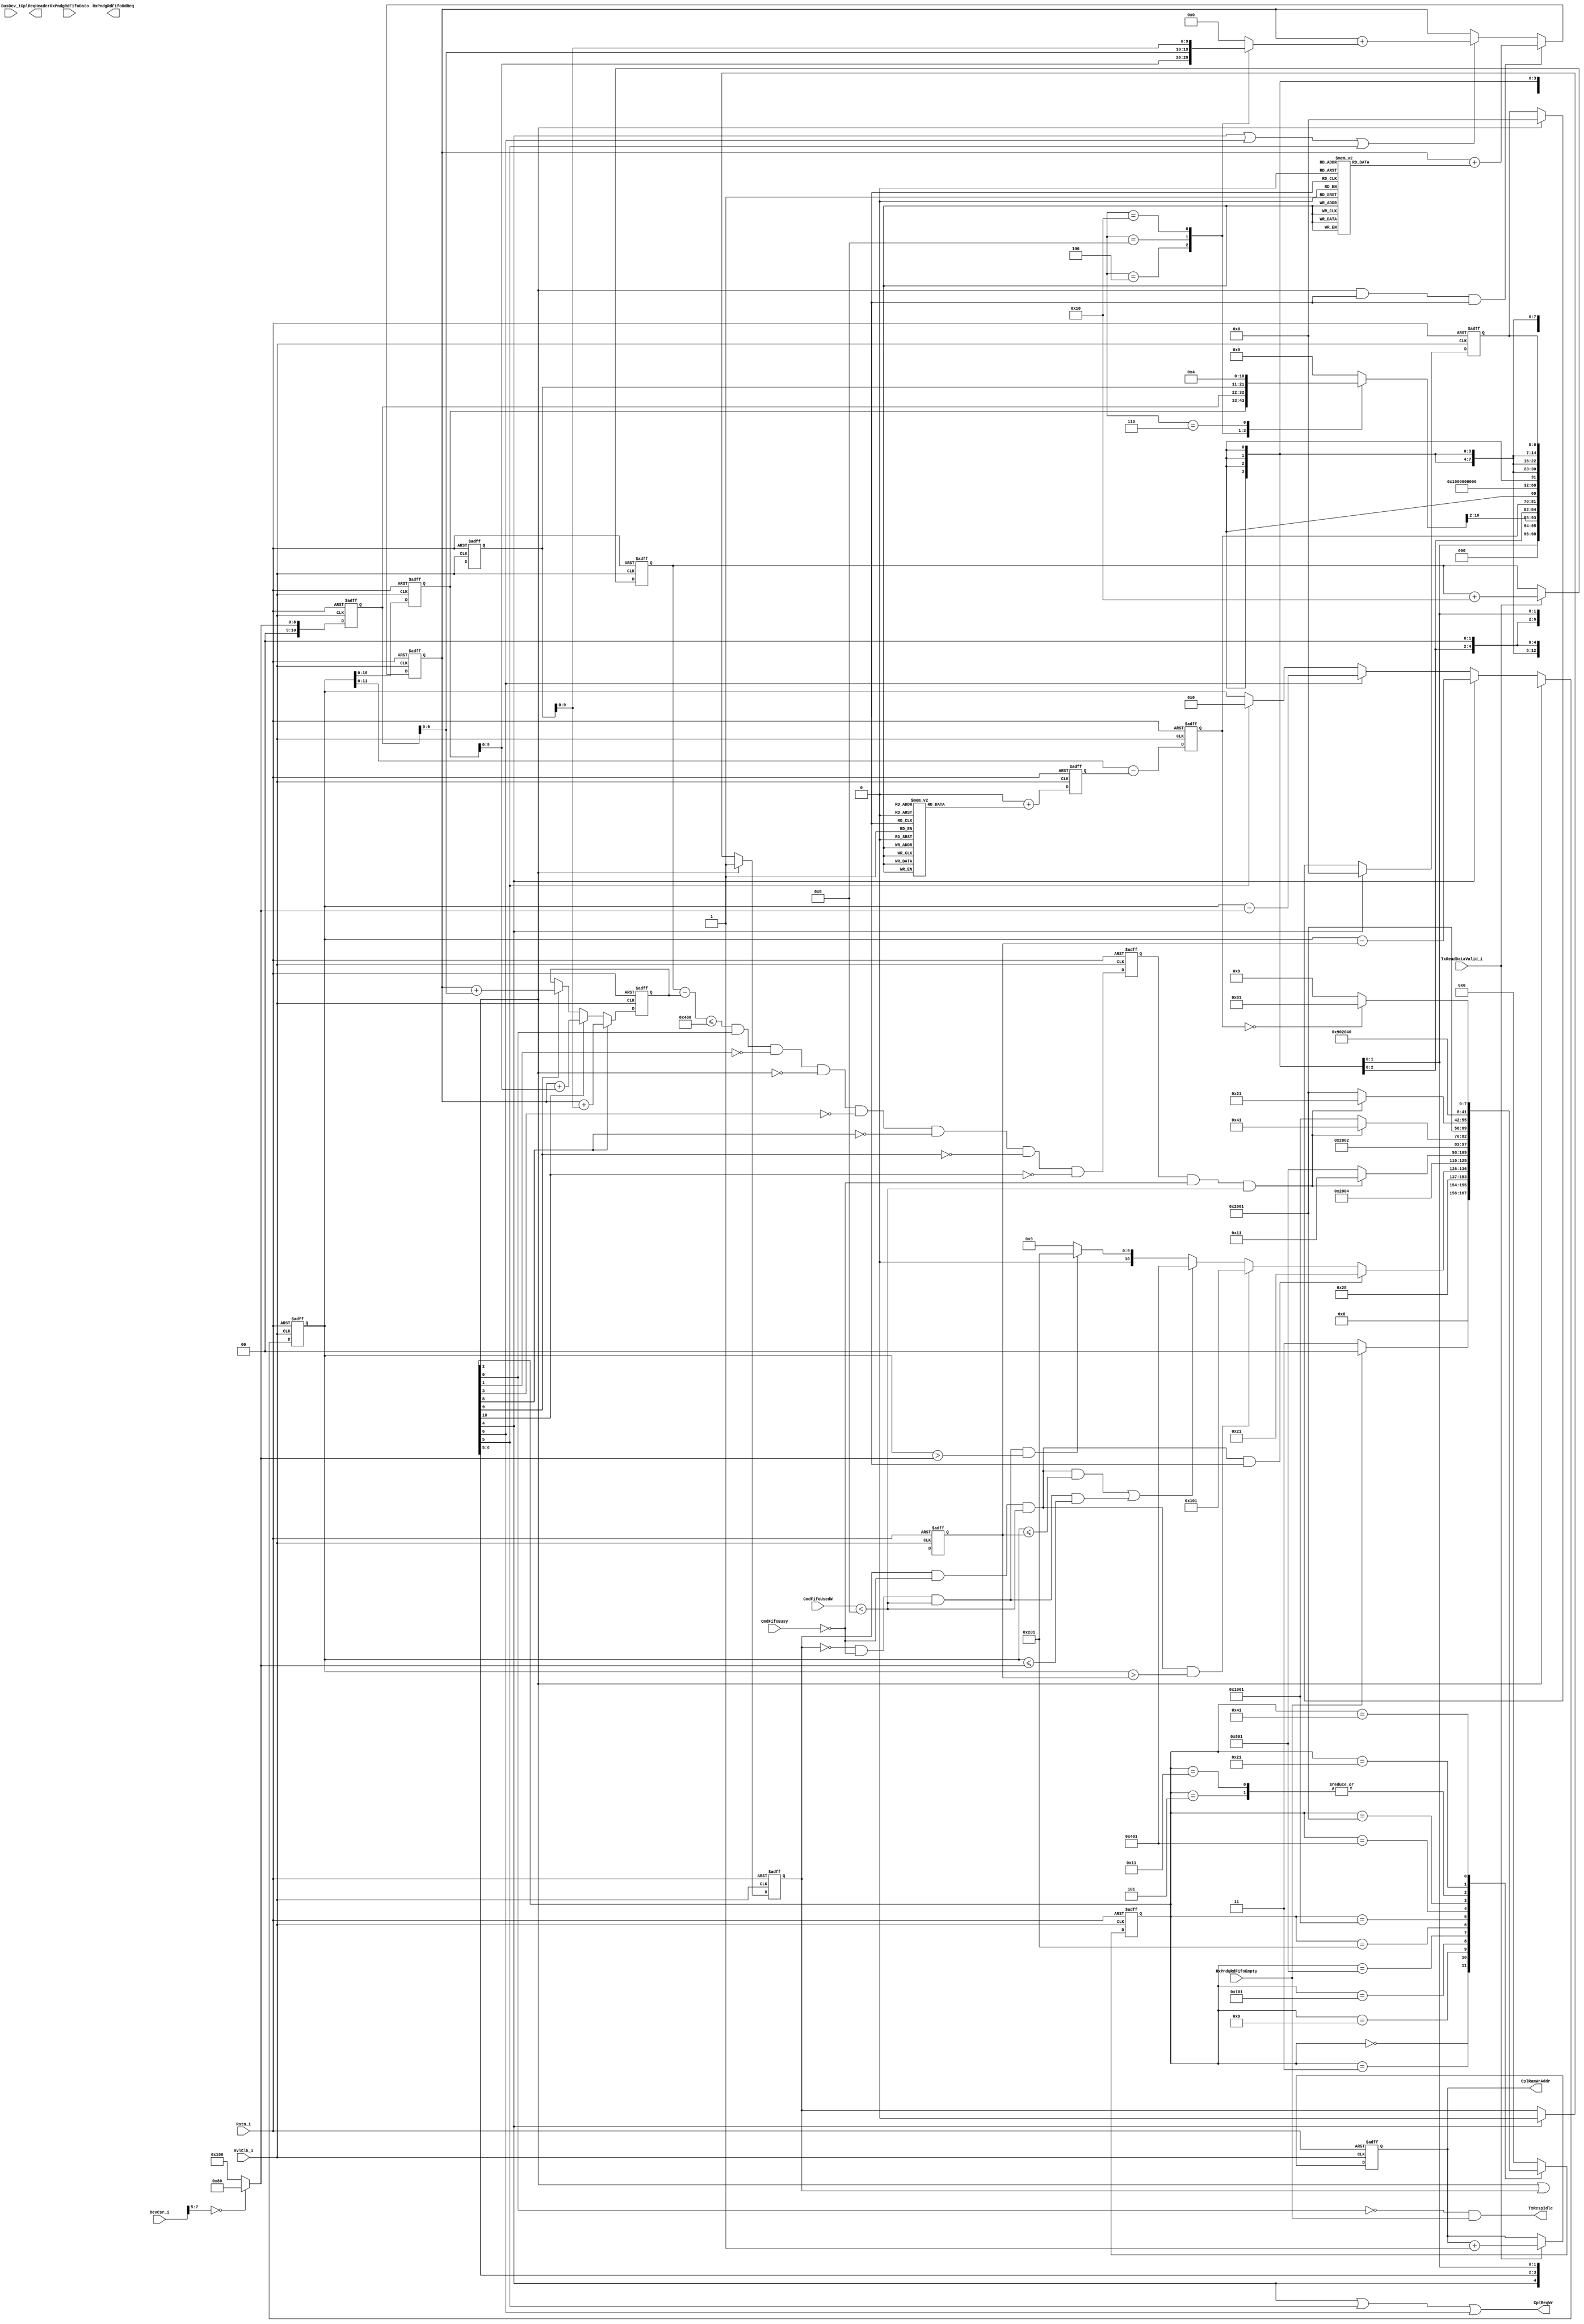
module tlp_txresp_cntrl (/*AUTOARG*/
   // Outputs
   RxPndgRdFifoRdReq, CplReqHeader, CplReqWr, CplRamWrAddr,
   TxRespIdle,
   // Inputs
   AvlClk_i, Rstn_i, RxPndgRdFifoEmpty, RxPndgRdFifoDato,
   TxReadDataValid_i, CmdFifoUsedW, CmdFifoBusy, DevCsr_i, BusDev_i
   );
   
   parameter TXCPL_BUFF_ADDR_WIDTH = 9;

   input                                AvlClk_i;     // Avalon clock
   input                                Rstn_i;    // Avalon reset
   
   // interface to the Rx pending read FIFO
   input                                RxPndgRdFifoEmpty;
   input [56:0] 			RxPndgRdFifoDato;
   output                               RxPndgRdFifoRdReq;
   
   // interface to the Avalon bus
   input                                TxReadDataValid_i;
   
   // Interface to the Command Fifo
   output [98:0] 			CplReqHeader;
   output                               CplReqWr;
   input [3:0] 				CmdFifoUsedW;
   
   // Interface to Completion data buffer
   output [TXCPL_BUFF_ADDR_WIDTH-1:0] 	CplRamWrAddr;
   
   // Interface to the Avalon Tx Control Module
   input                                CmdFifoBusy;
   
   // cfg signals
   input [31:0] 			DevCsr_i;             
   input [12:0] 			BusDev_i;
   output                               TxRespIdle;
   
localparam      TXRESP_IDLE          = 14'h0000;
localparam      TXRESP_RD_FIFO       = 14'h0003;
localparam      TXRESP_LD_BCNT       = 14'h0005;
localparam      TXRESP_WAIT_DATA     = 14'h0009;
localparam      TXRESP_SEND_FIRST    = 14'h0011;
localparam      TXRESP_SEND_LAST     = 14'h0021;
localparam      TXRESP_SEND_MAX      = 14'h0041;
localparam      TXRESP_DONE          = 14'h0081;
localparam      TXRESP_WAIT_FIRST    = 14'h0101;
localparam      TXRESP_WAIT_MAX      = 14'h0201;
localparam      TXRESP_WAIT_LAST     = 14'h0401;      
localparam      TXRESP_PIPE_FIRST    = 14'h0801;
localparam      TXRESP_PIPE_MAX      = 14'h1001;
localparam      TXRESP_PIPE_LAST     = 14'h2001;


wire    sm_rd_fifo;      
wire    sm_ld_bcnt;     
wire    sm_wait_data;   
wire    sm_send_first;  
wire    sm_send_last;
wire    sm_done;
wire [7:0]    bytes_to_RCB;
wire          over_rd_2dw;
wire          over_rd_1dw;
wire [12:0]   first_bytes_sent;
reg  [12:0]   first_bytes_sent_reg;
reg  [12:0]   last_bytes_sent_reg;
reg  [12:0]   max_bytes_sent_reg;
wire [12:0]   max_bytes_sent;
wire [12:0]   last_bytes_sent;
wire [7:0]    tag;        
wire [15:0]  requester_id; 
wire  [6:0]  rd_addr;      
wire  [10:0] rd_dwlen;     
wire  [3:0] fbe;
wire  [3:0] lbe;
wire  [1:0] attr;
wire [2:0]  tc;
wire  [11:0] remain_bytes;
reg   [11:0] remain_bytes_reg;
wire         is_flush;
wire         is_uns_rd_size;
wire         is_cpl;
wire [8:0]   dw_len;
reg  [3:0]   first_byte_mask;
reg  [3:0]   last_byte_mask;
reg  [3:0]   laddf_bytes_mask_reg;
reg  [13:0]   txresp_state;
reg  [13:0]   txresp_nxt_state;
reg          first_cpl_sreg;
wire         first_cpl;
reg [7:0]    bytes_to_RCB_reg;
reg [12:0]   curr_bcnt_reg;
reg [12:0]   max_payload;
reg [13:0]   payload_cntr;  
reg [10:0]   payload_limit_cntr;
reg [10:0]   payload_consumed_cntr; 
reg [10:0]  payload_required_reg;
wire[10:0]   payload_available_sub;
wire        payload_ok;
reg         payload_ok_reg;
reg [4:0]    over_rd_bytes;
reg [4:0]    over_rd_bytes_reg;
reg [12:0]   bytes_sent;
reg [12:0]   actual_bytes_sent;
reg [12:0]   sent_bcnt_reg;
reg [6:0] lower_addr;
reg [6:0] lower_addr_reg;
reg [8:0]   cplbuff_addr_cntr;
wire        cmd_fifo_ok;
wire        sm_send_max;
wire        sm_wait_first;
wire        sm_wait_last;
wire        sm_wait_max;
wire        sm_idle;
wire  [6:0] over_read_sel;
wire        rd_dwlen_gte_4;
  
assign cmd_fifo_ok = (CmdFifoUsedW < 8);
     
always @(posedge AvlClk_i or negedge Rstn_i)  // state machine registers
  begin
    if(~Rstn_i)
      txresp_state <= TXRESP_IDLE;
    else
      txresp_state <= txresp_nxt_state;
  end

// state machine next state gen


always @*
         
  begin
    case(txresp_state)
      TXRESP_IDLE :
        if(~RxPndgRdFifoEmpty)      
          txresp_nxt_state <= TXRESP_RD_FIFO;            
        else
          txresp_nxt_state <= TXRESP_IDLE;            
        
      TXRESP_RD_FIFO : 
          txresp_nxt_state <= TXRESP_LD_BCNT;    
       
      TXRESP_LD_BCNT:  // load byte count reg and calculate the first byte 7 bit of address
           txresp_nxt_state <= TXRESP_WAIT_DATA;
      
      TXRESP_WAIT_DATA:
      
        if(first_cpl_sreg & ~CmdFifoBusy & cmd_fifo_ok & (  is_flush | is_uns_rd_size ))
          txresp_nxt_state <= TXRESP_SEND_LAST;
        else  if(first_cpl_sreg & ~CmdFifoBusy & cmd_fifo_ok &((curr_bcnt_reg > bytes_to_RCB_reg)))
          txresp_nxt_state <= TXRESP_WAIT_FIRST;
        
        else if((first_cpl_sreg & ~CmdFifoBusy & cmd_fifo_ok &(((curr_bcnt_reg <= bytes_to_RCB_reg)) ) ) |
                (~first_cpl_sreg & ~CmdFifoBusy & cmd_fifo_ok &(curr_bcnt_reg <= max_payload) )
                 )
          txresp_nxt_state <= TXRESP_WAIT_LAST;
       
        else if(~first_cpl_sreg & ~CmdFifoBusy & cmd_fifo_ok & (curr_bcnt_reg >  max_payload))
          txresp_nxt_state <= TXRESP_WAIT_MAX;
        else
          txresp_nxt_state <= TXRESP_WAIT_DATA;
          
      TXRESP_WAIT_FIRST:
           txresp_nxt_state <= TXRESP_PIPE_FIRST;
           
      TXRESP_PIPE_FIRST:
           if(payload_ok_reg & ~CmdFifoBusy & cmd_fifo_ok)
             txresp_nxt_state <= TXRESP_SEND_FIRST;  
           else
             txresp_nxt_state <= TXRESP_PIPE_FIRST;   
             
      TXRESP_WAIT_MAX:
                 txresp_nxt_state <= TXRESP_PIPE_MAX;    
         
       TXRESP_PIPE_MAX:                               
         if(payload_ok_reg & ~CmdFifoBusy & cmd_fifo_ok)                                
            txresp_nxt_state <= TXRESP_SEND_MAX;      
          else                                          
            txresp_nxt_state <= TXRESP_PIPE_MAX;   
              
        TXRESP_WAIT_LAST:                                       
                   txresp_nxt_state <= TXRESP_PIPE_LAST;
                       
        TXRESP_PIPE_LAST:                               
         if(payload_ok_reg & ~CmdFifoBusy & cmd_fifo_ok)                                
            txresp_nxt_state <= TXRESP_SEND_LAST;      
          else                                          
            txresp_nxt_state <= TXRESP_PIPE_LAST;   
            
                                                 
       TXRESP_SEND_FIRST:
           txresp_nxt_state <= TXRESP_WAIT_DATA;
           
       TXRESP_SEND_LAST:
         txresp_nxt_state <= TXRESP_DONE;
         
       TXRESP_SEND_MAX:
         if(remain_bytes_reg == 0)
           txresp_nxt_state <= TXRESP_DONE;
         else
           txresp_nxt_state <= TXRESP_WAIT_DATA;
       
       TXRESP_DONE:
           txresp_nxt_state <= TXRESP_IDLE;
       
       default:
         txresp_nxt_state <= TXRESP_IDLE;
      
    endcase
 end
 
 /// state machine output assignments
 assign   sm_idle       = ~txresp_state[0];
 assign   sm_rd_fifo    = txresp_state[1];            
 assign   sm_ld_bcnt    = txresp_state[2];      
 assign   sm_wait_data  = txresp_state[3];    
 assign   sm_send_first = txresp_state[4];   
 assign   sm_send_last  = txresp_state[5];    
 assign   sm_send_max   = txresp_state[6];
 assign   sm_done       = txresp_state[7];
 assign   sm_wait_first = txresp_state[8]; 
  assign   sm_wait_max = txresp_state[9]; 
  assign   sm_wait_last = txresp_state[10];          
  assign TxRespIdle     = sm_idle & RxPndgRdFifoEmpty;
// SR reg to indicate the first completion of a read

always @(posedge AvlClk_i or negedge Rstn_i)
  begin
     if(~Rstn_i)
       first_cpl_sreg <= 1'b0;
     else if(sm_ld_bcnt)
       first_cpl_sreg <= 1'b1;
     else if(sm_send_first)
       first_cpl_sreg <= 1'b0;
  end

 
// calculate the bytes to RCB that could be 64 or 128Bytes (6 or 7 zeros in address)
  
assign bytes_to_RCB = 8'h80 - rd_addr[6:0];

always @(posedge AvlClk_i or negedge Rstn_i)
  begin
    if(~Rstn_i)
      bytes_to_RCB_reg <= 0;
    else 
      bytes_to_RCB_reg <= bytes_to_RCB;
  end

 
 /// the current byte count register that still need to be sent (completed)
 always @(posedge AvlClk_i or negedge Rstn_i)
  begin
    if(~Rstn_i)
      curr_bcnt_reg <= 13'h0;
    else if(sm_ld_bcnt)
      curr_bcnt_reg <= {rd_dwlen, 2'b00};
    else if(sm_send_first)
      curr_bcnt_reg <= curr_bcnt_reg - bytes_to_RCB_reg;
    else if(sm_send_max)
      curr_bcnt_reg <= curr_bcnt_reg - max_payload;
    else if(sm_send_last)
      curr_bcnt_reg <= 0;
  end

always @(posedge AvlClk_i or negedge Rstn_i)
  begin
    if(~Rstn_i)
      laddf_bytes_mask_reg <= 0;
    else 
      laddf_bytes_mask_reg <= (last_byte_mask + first_byte_mask);
  end


/// the remaining bcnt (for the header)
//assign remain_bytes = sm_send_last? 0 : (curr_bcnt_reg - bytes_sent);
// assign remain_bytes = is_flush? 12'h1 : is_uns_rd_size? 0 : curr_bcnt_reg - (laddf_bytes_mask_reg);
 assign remain_bytes = is_flush? 12'h1  : curr_bcnt_reg - (laddf_bytes_mask_reg);

always @(posedge AvlClk_i or negedge Rstn_i)
  begin
    if(~Rstn_i)
      remain_bytes_reg <= 0;
    else 
      remain_bytes_reg <= remain_bytes;
  end

/// completion payload counter to keep track of the data byte returned from avalon

/*    
always @(posedge AvlClk_i or negedge Rstn_i)
  begin
    if(~Rstn_i)
      payload_cntr <= 0;
    else if(TxReadDataValid_i & ~sm_done & ~sm_send_first & ~sm_send_max & ~sm_send_last)
      payload_cntr <= payload_cntr  + 8;
    else if(sm_send_first &  TxReadDataValid_i)
      payload_cntr <= payload_cntr - sent_bcnt_reg + 8;
    else if(sm_send_first &  ~TxReadDataValid_i)
      payload_cntr <= payload_cntr - sent_bcnt_reg;
    else if(sm_send_max &  TxReadDataValid_i)
      payload_cntr <= payload_cntr - sent_bcnt_reg + 8;
    else if(sm_send_max &  ~TxReadDataValid_i)
      payload_cntr <= payload_cntr - sent_bcnt_reg;
    else if(sm_send_last &  TxReadDataValid_i)
      payload_cntr <= payload_cntr - sent_bcnt_reg + 8;
    else if(sm_send_last &  ~TxReadDataValid_i)
      payload_cntr <= payload_cntr - sent_bcnt_reg;
    else if(sm_done & TxReadDataValid_i)
      payload_cntr <= payload_cntr - over_rd_bytes_reg + 8 ;
    else if(sm_done & ~TxReadDataValid_i)
      payload_cntr <= payload_cntr - over_rd_bytes_reg ;
  end
  
  */
  
    /// Credit Limit Reg === payload_cntr (count up only by TxReadDatValid))
  /// Credit Consume Reg == updated by send first, max, last (count up only)
  
  // Credit Required = actual byte sent 
  
    always @(posedge AvlClk_i or negedge Rstn_i)
      begin
        if(~Rstn_i)
          payload_limit_cntr <= 0; 
        else if (TxReadDataValid_i)
          payload_limit_cntr <= payload_limit_cntr + 16;
      end
      
/// Credit Consumed Counter


      always @(posedge AvlClk_i or negedge Rstn_i)
      begin
        if(~Rstn_i)
          payload_consumed_cntr <= 0; 
        else if(sm_ld_bcnt & ~is_flush & ~is_uns_rd_size)
          payload_consumed_cntr <= payload_consumed_cntr + over_rd_bytes;
        else if (sm_send_first | sm_send_max | sm_send_last)
          payload_consumed_cntr <= payload_consumed_cntr + actual_bytes_sent[9:0];
      end
      
 always @(posedge AvlClk_i or negedge Rstn_i)
      begin
        if(~Rstn_i)
          payload_required_reg <= 0; 
        else if(sm_wait_first)
          payload_required_reg <= payload_consumed_cntr + first_bytes_sent_reg[9:0];
        else if (sm_wait_last)
         payload_required_reg <= payload_consumed_cntr + last_bytes_sent_reg[9:0];
        else if (sm_wait_max)
         payload_required_reg <= payload_consumed_cntr + max_bytes_sent_reg[9:0];
      end
      
      
 assign payload_available_sub = (payload_limit_cntr - payload_required_reg);
                   
                   
 assign payload_ok = payload_available_sub <= 1024 & ~sm_idle & ~sm_rd_fifo & ~sm_ld_bcnt & ~sm_wait_data & ~sm_wait_first & ~sm_wait_max & ~sm_wait_last;
        
   always @(posedge AvlClk_i or negedge Rstn_i)
      begin
        if(~Rstn_i)
          payload_ok_reg <= 1'b0; 
        else
          payload_ok_reg <= payload_ok;
      end
  
//  always @(posedge AvlClk_i or negedge Rstn_i)
//  begin
//    if(~Rstn_i)
//      payload_cntr <= 0;
//    else if(TxReadDataValid_i & ~sm_done & ~sm_send_first & ~sm_send_max & ~sm_send_last)
//      payload_cntr <= payload_cntr  + 8;
//    else if ( (sm_send_first &  TxReadDataValid_i) | (sm_send_max &  TxReadDataValid_i) | (sm_send_last  & TxReadDataValid_i))
//      payload_cntr <= payload_cntr - actual_bytes_sent + 8;
//    else if((sm_send_first &  ~TxReadDataValid_i) | (sm_send_max &  ~TxReadDataValid_i) | (sm_send_last &  ~TxReadDataValid_i))
//      payload_cntr <= payload_cntr - actual_bytes_sent;
//    else if(sm_done & TxReadDataValid_i)
//      payload_cntr <= payload_cntr - over_rd_bytes_reg + 8 ;
//    else if(sm_done & ~TxReadDataValid_i)
//      payload_cntr <= payload_cntr - over_rd_bytes_reg ;
//  end


/// over read bytes caculation due to more data being read from the 
// avalon to compensate for the alignment 32/64

assign rd_dwlen_gte_4 =   |rd_dwlen[10:2];
assign over_read_sel = {rd_dwlen_gte_4, rd_addr[3:0], rd_dwlen[1:0]};
    
    always @ *
      begin
        case (over_read_sel)   
          7'b1_0000_00:  over_rd_bytes[4:0] <= 0;   
          7'b1_0000_01:  over_rd_bytes[4:0] <= 12;
          7'b1_0000_10:  over_rd_bytes[4:0] <= 8;  
          7'b1_0000_11:  over_rd_bytes[4:0] <= 4; 
                                     
          7'b1_0100_00:  over_rd_bytes[4:0] <= 16; 
          7'b1_0100_01:  over_rd_bytes[4:0] <= 12;   
          7'b1_0100_10:  over_rd_bytes[4:0] <= 8;
          7'b1_0100_11:  over_rd_bytes[4:0] <= 4;
                                    
          7'b1_1000_00:  over_rd_bytes[4:0] <= 16;
          7'b1_1000_01:  over_rd_bytes[4:0] <= 12;
          7'b1_1000_10:  over_rd_bytes[4:0] <= 8;
          7'b1_1000_11:  over_rd_bytes[4:0] <= 20;
                                     
          7'b1_1100_00:  over_rd_bytes[4:0] <= 16;
          7'b1_1100_01:  over_rd_bytes[4:0] <= 12;
          7'b1_1100_10:  over_rd_bytes[4:0] <= 24;
          7'b1_1100_11:  over_rd_bytes[4:0] <= 20;   
          
          7'b0_0000_00:  over_rd_bytes[4:0] <= 0;   
          7'b0_0000_01:  over_rd_bytes[4:0] <= 12;   
          7'b0_0000_10:  over_rd_bytes[4:0] <= 8;  
          7'b0_0000_11:  over_rd_bytes[4:0] <= 4;   
                                     
          7'b0_0100_00:  over_rd_bytes[4:0] <= 0; 
          7'b0_0100_01:  over_rd_bytes[4:0] <= 12;   
          7'b0_0100_10:  over_rd_bytes[4:0] <= 8;
          7'b0_0100_11:  over_rd_bytes[4:0] <= 4;
                                    
          7'b0_1000_00:  over_rd_bytes[4:0] <= 0;
          7'b0_1000_01:  over_rd_bytes[4:0] <= 12;
          7'b0_1000_10:  over_rd_bytes[4:0] <= 8;
          7'b0_1000_11:  over_rd_bytes[4:0] <= 20;
                                     
          7'b0_1100_00:  over_rd_bytes[4:0] <= 0;
          7'b0_1100_01:  over_rd_bytes[4:0] <= 12;
          7'b0_1100_10:  over_rd_bytes[4:0] <= 24;
          7'b0_1100_11:  over_rd_bytes[4:0] <= 20;   
          
          default:     over_rd_bytes[4:0] <= 0;
        endcase
      end





always @(posedge AvlClk_i or negedge Rstn_i)
  begin
    if(~Rstn_i)
      over_rd_bytes_reg <= 0;
    else
      over_rd_bytes_reg <= over_rd_bytes;
  end  
  



// sent_byte count for a cmpletion header
assign first_bytes_sent  = bytes_to_RCB;
assign max_bytes_sent    =  max_payload;
assign last_bytes_sent   =  curr_bcnt_reg;


/// 
always @(posedge AvlClk_i or negedge Rstn_i)
  begin
    if(~Rstn_i)
     begin
      first_bytes_sent_reg <= 0;
      last_bytes_sent_reg <= 0;
      max_bytes_sent_reg <= 0;
     end
    else
     begin
      first_bytes_sent_reg <= first_bytes_sent;
      last_bytes_sent_reg <= last_bytes_sent;
      max_bytes_sent_reg <= max_bytes_sent;
     end
  end  


always @*
  begin
    case({sm_send_first, sm_send_max, sm_send_last, is_flush, is_uns_rd_size})
      5'b00100 : bytes_sent = last_bytes_sent_reg;
      5'b01000 : bytes_sent = max_bytes_sent_reg;
      5'b10000 : bytes_sent = first_bytes_sent_reg;
      5'b00110 : bytes_sent = 4;
      default : bytes_sent = 0;
    endcase
  end

// actual byte sent is less due dummy flush read data
always @*
  begin
    case({sm_send_first, sm_send_max, sm_send_last, is_flush, is_uns_rd_size})
      5'b00100 : actual_bytes_sent = last_bytes_sent_reg;
      5'b01000 : actual_bytes_sent = max_bytes_sent_reg;
      5'b10000 : actual_bytes_sent = first_bytes_sent_reg;
      default :  actual_bytes_sent = 0;
    endcase
  end


// calculate the 7 bit lower address of the first enable byte
// based on the first byte enable

always @*
 begin
  casex({fbe, is_flush})
    5'bxxx10 : lower_addr = {rd_addr[6:2], 2'b00};
    5'bxx100 : lower_addr = {rd_addr[6:2], 2'b01};
    5'bx1000 : lower_addr = {rd_addr[6:2], 2'b10};
    5'b10000 : lower_addr = {rd_addr[6:2], 2'b11};
    5'bxxxx1 : lower_addr = {rd_addr[6:2], 2'b00};
    default:  lower_addr = 7'b0000000;
  endcase
end

/// decode the fbe and lbe fore the byte count field of the competion packets

assign first_cpl = sm_ld_bcnt | first_cpl_sreg; // assert on clock ealier for byte mask calculation 

always @(first_cpl ,fbe)   // only first completion uses the fbe for byte count
 begin
  case({first_cpl, fbe})
    5'b10001 : first_byte_mask = 3;
    5'b10010 : first_byte_mask = 3;
    5'b10100 : first_byte_mask = 3;
    5'b11000 : first_byte_mask = 3;
    5'b10011 : first_byte_mask = 2;
    5'b10110 : first_byte_mask = 2;
    5'b11100 : first_byte_mask = 2;
    5'b10111 : first_byte_mask = 1;
    5'b11110 : first_byte_mask = 1;
    default  : first_byte_mask = 0;
  endcase
end

always @(lbe)
 begin
  case(lbe)
    4'b0111 : last_byte_mask = 1;
    4'b0011 : last_byte_mask = 2;
    4'b0001 : last_byte_mask = 3;
    default : last_byte_mask = 0;
  endcase
end



always @(posedge AvlClk_i or negedge Rstn_i)
  begin
    if(~Rstn_i)
      lower_addr_reg <= 0;
    else if(sm_send_first)
      lower_addr_reg <= 0;
    else if(sm_ld_bcnt)
      lower_addr_reg <= lower_addr;
    end



///// Assemble the completion headers
// decode the max payload size
always @*
  begin
    case(DevCsr_i[7:5])
      3'b000 : max_payload= 128;
      default : max_payload = 256;
    endcase
  end

assign tag          = RxPndgRdFifoDato_i[7:0];
assign requester_id = RxPndgRdFifoDato_i[31:16];
assign rd_addr[6:0] = {RxPndgRdFifoDato_i[14:10], 2'b00};
assign rd_dwlen     = RxPndgRdFifoDato_i[42:32];
assign fbe          = RxPndgRdFifoDato_i[46:43];
assign lbe          = RxPndgRdFifoDato_i[55:52];
assign attr          = RxPndgRdFifoDato_i[48:47];
assign tc          = RxPndgRdFifoDato_i[51:49];
assign is_flush     = RxPndgRdFifoDato_i[15];
assign is_uns_rd_size = RxPndgRdFifoDato_i[56];

assign dw_len[8:0] = is_uns_rd_size? 0 :  bytes_sent[10:2];

assign CplReqHeader[98:0] = { 3'b000 ,attr, dw_len[8:0], tc, remain_bytes_reg, is_flush, 1'b1, 4'h0, 
                                              32'h0, is_uns_rd_size, requester_id, tag, lower_addr_reg[6:0]};
            
                                      
assign CplReqWr = sm_send_first | sm_send_last | sm_send_max;

assign RxPndgRdFifoRdReq_o = sm_rd_fifo;

/// Completion buffer write address

always @(posedge AvlClk_i or negedge Rstn_i)
  begin
    if(~Rstn_i)
      cplbuff_addr_cntr <= 0;
    else if(TxReadDataValid_i)
      cplbuff_addr_cntr <= cplbuff_addr_cntr + 1;
    end


assign CplRamWrAddr = cplbuff_addr_cntr;

endmodule